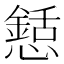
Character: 懖